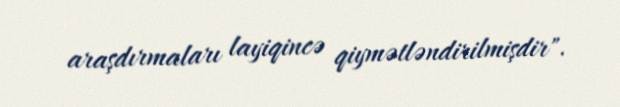
araşdırmaları layiqincə qiymətləndirilmişdir".